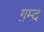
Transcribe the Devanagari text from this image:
ग़म्द